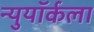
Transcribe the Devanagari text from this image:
न्युयॉर्कला